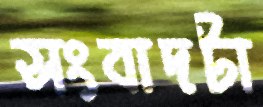
সংবাদটা